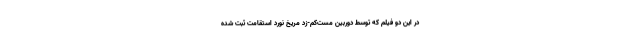
در این دو فیلم که توسط دوربین مست‌کم-زد مریخ نورد استقامت ثبت شده